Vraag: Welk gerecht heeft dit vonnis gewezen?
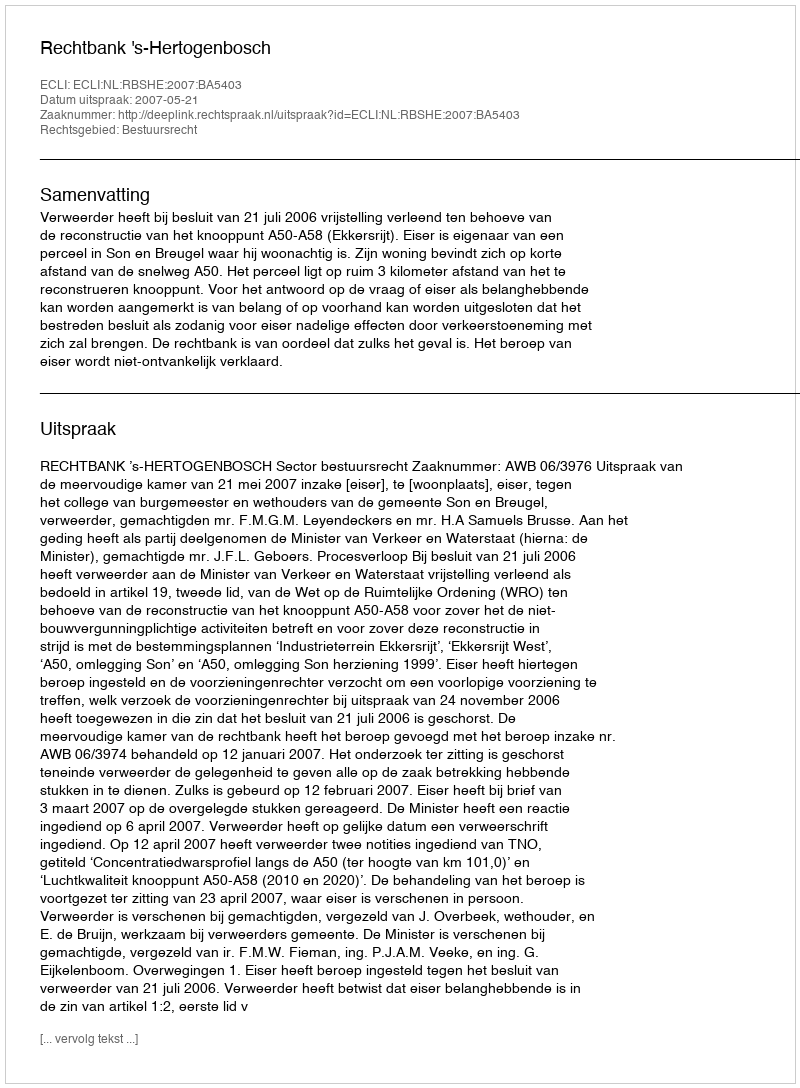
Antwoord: Rechtbank 's-Hertogenbosch